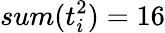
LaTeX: sum(t_{i}^{2})=16